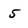
Character: 5